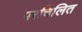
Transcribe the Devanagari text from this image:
परचिलित